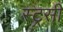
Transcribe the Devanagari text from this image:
स्ट्रसी